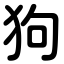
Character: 狗